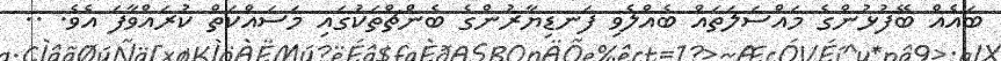
ބައެއް ބޭފުޅުންގެ މައްސަލަތައް ބެއްލެވި ފަނޑިޔާރުންގެ ބެންޗްތަކުގައި މަސައްކަތް ކުރައްވާފަ އެވެ. ..